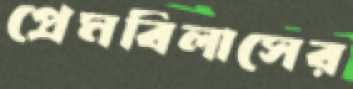
প্রেমবিলাসের